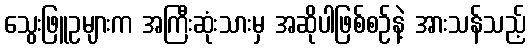
သွေးဖြူဥများက အကြီးဆုံးသားမှ အဆိုပါဖြစ်စဉ်နဲ့ အားသန်သည့်